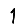
Digit: 1